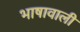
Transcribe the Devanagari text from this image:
भाषावाली